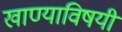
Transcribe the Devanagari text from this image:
खाण्याविषयी